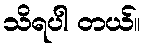
သိရပါ တယ်။